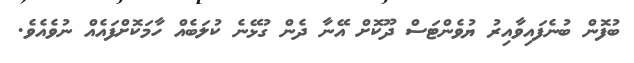
ބުފޮން ބުނެފައިވާއިރު ޔުވެންޓަސް ދޫކޮށް އޭނާ ދެން ގުޅޭނެ ކުލަބެއް ހާމަކޮށްފައެއް ނުވެއެވެ.